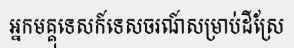
អ្នកមគ្គុទេសក៍ទេសចរណ៍សម្រាប់ដីស្រែ